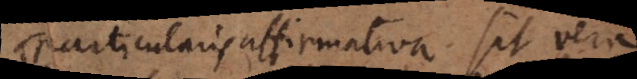
particularis affirmativa sit vera.